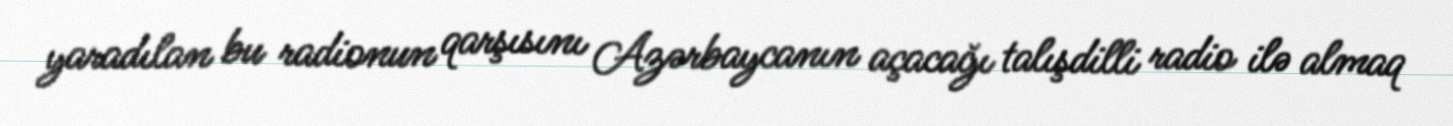
yaradılan bu radionun qarşısını Azərbaycanın açacağı talışdilli radio ilə almaq